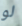
لو